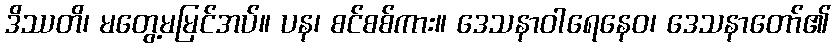
ဒိဿတိ၊ မတွေ့မမြင်အပ်။ ပန၊ စင်စစ်ကား။ ဒေသနာဝါရေနေဝ၊ ဒေသနာတော်၏